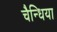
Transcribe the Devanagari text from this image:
चैन्धिया